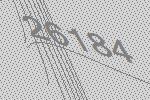
26184